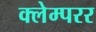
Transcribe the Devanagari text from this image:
क्लेम्परर